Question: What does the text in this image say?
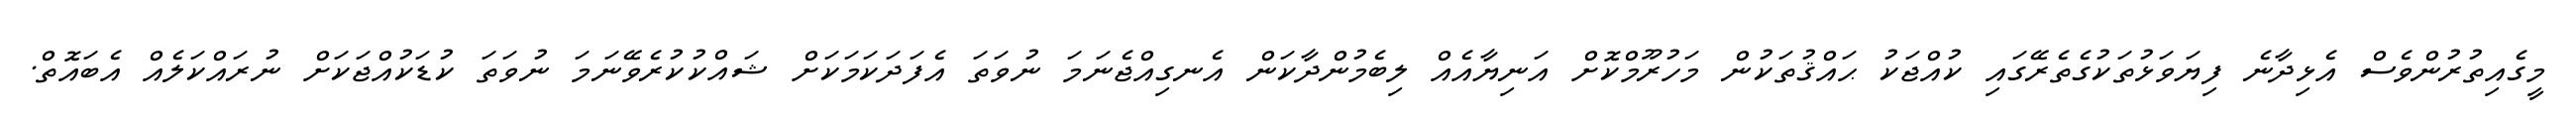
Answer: މީގެއިތުރުންވެސް އެޅިދާނެ ފިޔަވަޅުތަކުގެތެރޭގައި ކުއްޖަކު ޙައްޤުތަކުން މަހުރޫމްކޮށް އަނިޔާއެއް ލިބެމުންދާކަން އެނގިއްޖެނަމަ ނުވަތަ އެފަދަކަމަކަށް ޝައްކުކުރެވޭނަމަ ނުވަތަ ކުޑަކުއްޖަކަށް ނުރައްކަލެއް އެބައޮތް.